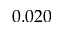
0 . 0 2 0